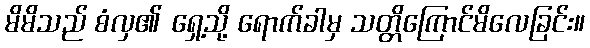
မိမိသည် စံလှ၏ ရှေ့သို့ ရောက်ခါမှ သတ္တိကြောင်မိလေခြင်း။